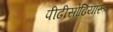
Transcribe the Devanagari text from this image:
पीढीसोढियांरूप